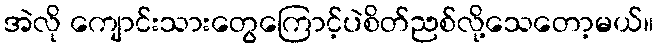
အဲလို ကျောင်းသားတွေကြောင့်ပဲစိတ်ညစ်လို့သေတော့မယ်။